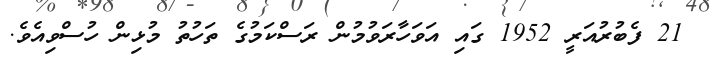
21 ފެބުރުއަރީ 1952 ގައި އަވަހާރަވުމުން ރަސްކަމުގެ ތަހުތު މުޅިން ހުސްވިއެވެ.